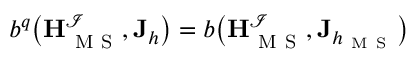
b ^ { q } \big ( \mathbf { H } _ { \mathrm { ~ M ~ S ~ } } ^ { \mathcal { I } } , \mathbf { J } _ { h } \big ) = b \big ( \mathbf { H } _ { \mathrm { ~ M ~ S ~ } } ^ { \mathcal { I } } , \mathbf { J } _ { h _ { \mathrm { ~ M ~ S ~ } } } \big )